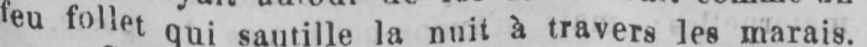
feu follet qui sautille la nuit à travers les marais.